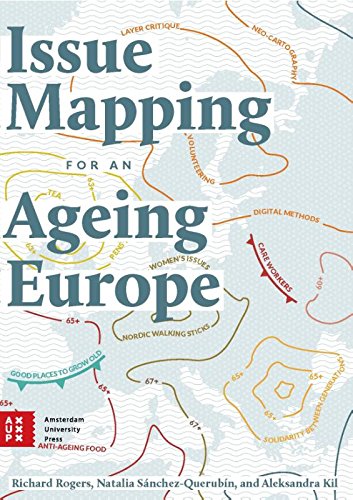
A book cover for Issue Mapping for an Ageing Europe; Politics & Social Sciences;